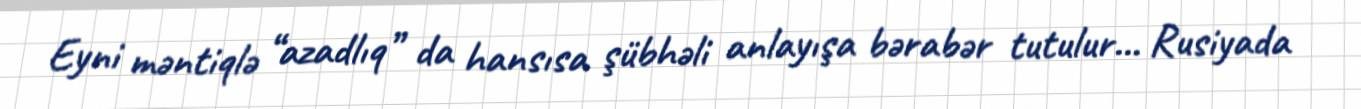
Eyni məntiqlə “azadlıq” da hansısa şübhəli anlayışa bərabər tutulur… Rusiyada